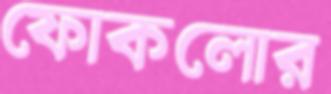
ফোকলোর